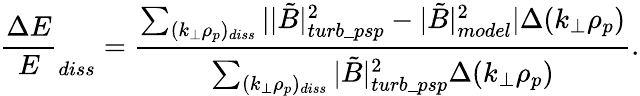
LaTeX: \frac{\Delta E}{E}_{diss}=\frac{\sum_{(k_{\perp}\rho_{p})_{diss}}||\tilde{B}|_{turb\_ psp}^{2}-|\tilde{B}|_{model}^{2}|\Delta(k_{\perp}\rho_{p})}{\sum_{(k_{\perp}\rho_{p})_{diss}}|\tilde{B}|_{turb\_ psp}^{2}\Delta(k_{\perp}\rho_{p})}.